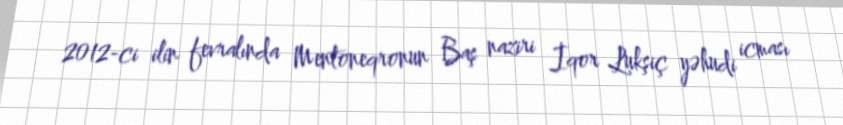
2012-ci ilin fevralında Mentoneqronun Baş naziri İqor Lukşiç yəhudi icması